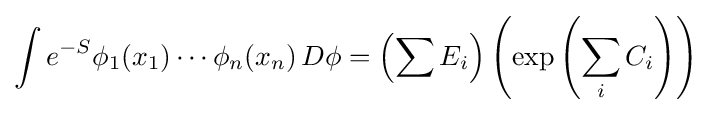
\int e^{-S}\phi _{1}(x_{1})\cdots \phi _{n}(x_{n})\,D\phi =\left(\sum E_{i}\right)\left(\exp \left(\sum _{i}C_{i}\right)\right)